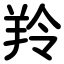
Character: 羚